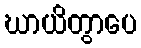
ဃာယိတွာပေ